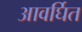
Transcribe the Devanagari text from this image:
आवर्घित